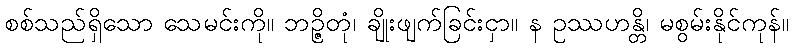
စစ်သည်ရှိသော သေမင်းကို။ ဘဉ္ဇိတုံ၊ ချိုးဖျက်ခြင်းငှာ။ န ဥဿဟန္တိ၊ မစွမ်းနိုင်ကုန်။